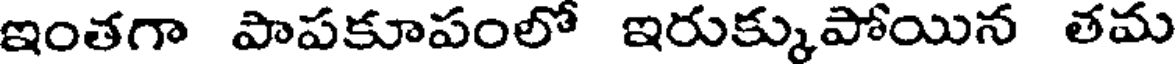
ఇంతగా పాపకూపంలో ఇరుక్కుపోయిన తమ